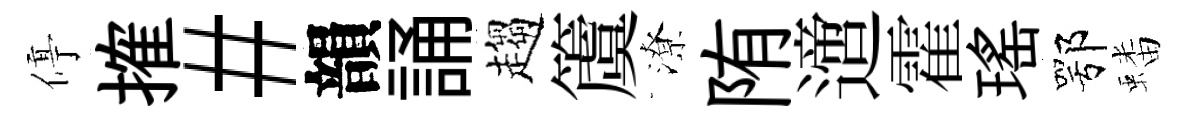
停搉#韻誦趨𥵂潦陏𨗁霍瑤鄂蟠